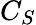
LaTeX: C_{S}